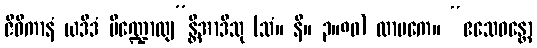
ဇီဝိကာနံ ယဒိဒံ ပိဏ္ဍောလျ”န္တိအာဒီသု (သံ။ နိ။ ၃။၈၀) လာမကေ။ “ဧသေဝန္တော